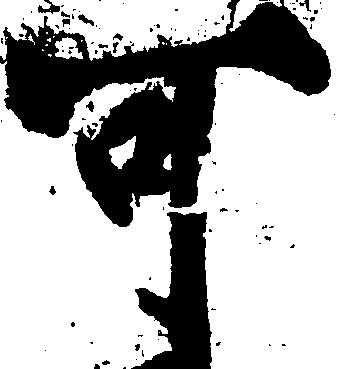
可